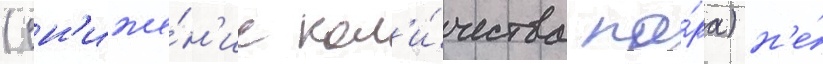
(сн'иже́н'ие кол'и́чества па́ра) н'е́